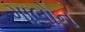
માલોન